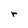
Character: r